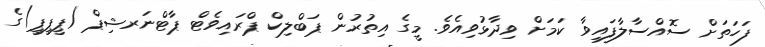
ފަހަތަށް ސޮއްސާލާފައިވާ ކަމަށް ވިދާޅުވިއެވެ. މީގެ އިތުރުން ޕަބްލިކް ޕްރައިވެޓް ޕާޓްނަރޝިޕް (ޕީޕީޕީ)ގެ